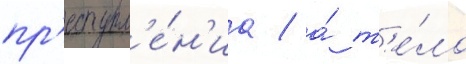
пр'еступл'е́н'иа / а́ т'е́ло